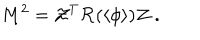
M ^ { 2 } = { \cal Z } ^ { T } { \cal R } ( \langle \phi \rangle ) { \cal Z } \ .